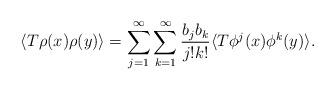
LaTeX: \begin{align*}\langle T\rho(x) \rho(y)\rangle &= \sum_{j=1}^\infty \sum_{k=1}^\infty \frac{b_j b_k}{j! k!} \langle T\phi^j(x) \phi^k(y) \rangle.\end{align*}